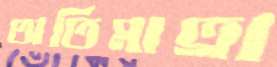
অতিমাত্রা